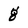
Character: g